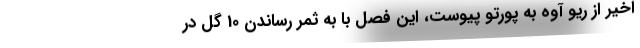
اخیر از ریو آوه به پورتو پیوست، این فصل با به ثمر رساندن 10 گل در